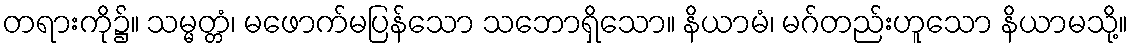
တရားကို၌။ သမ္မတ္တံ၊ မဖောက်မပြန်သော သဘောရှိသော။ နိယာမံ၊ မဂ်တည်းဟူသော နိယာမသို့။